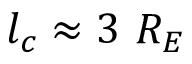
l _ { c } \approx 3 ~ R _ { E }